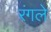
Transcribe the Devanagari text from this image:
रंगले